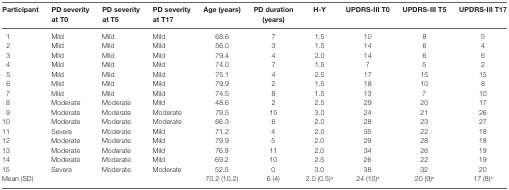
<table><thead><tr><td><b>Participant</b></td><td><b>PD severity at T0</b></td><td><b>PD severity at T5</b></td><td><b>PD severity at T17</b></td><td><b>Age (years)</b></td><td><b>PD duration (years)</b></td><td><b>H-Y</b></td><td><b>UPDRS-III T0</b></td><td><b>UPDRS-III T5</b></td><td><b>UPDRS-III T17</b></td></tr></thead><tbody><tr><td>1</td><td>Mild</td><td>Mild</td><td>Mild</td><td>68.6</td><td>7</td><td>1.5</td><td>10</td><td>8</td><td>5</td></tr><tr><td>2</td><td>Mild</td><td>Mild</td><td>Mild</td><td>56.0</td><td>3</td><td>1.5</td><td>14</td><td>6</td><td>4</td></tr><tr><td>3</td><td>Mild</td><td>Mild</td><td>Mild</td><td>79.4</td><td>4</td><td>2.0</td><td>14</td><td>6</td><td>6</td></tr><tr><td>4</td><td>Mild</td><td>Mild</td><td>Mild</td><td>74.0</td><td>7</td><td>1.5</td><td>7</td><td>5</td><td>2</td></tr><tr><td>5</td><td>Mild</td><td>Mild</td><td>Mild</td><td>75.1</td><td>4</td><td>2.5</td><td>17</td><td>15</td><td>15</td></tr><tr><td>6</td><td>Mild</td><td>Mild</td><td>Mild</td><td>79.9</td><td>2</td><td>1.5</td><td>18</td><td>10</td><td>8</td></tr><tr><td>7</td><td>Mild</td><td>Mild</td><td>Mild</td><td>74.5</td><td>8</td><td>1.5</td><td>13</td><td>7</td><td>10</td></tr><tr><td>8</td><td>Moderate</td><td>Moderate</td><td>Mild</td><td>48.6</td><td>2</td><td>2.5</td><td>29</td><td>20</td><td>17</td></tr><tr><td>9</td><td>Moderate</td><td>Moderate</td><td>Moderate</td><td>79.5</td><td>15</td><td>3.0</td><td>24</td><td>21</td><td>26</td></tr><tr><td>10</td><td>Moderate</td><td>Moderate</td><td>Moderate</td><td>66.3</td><td>6</td><td>2.0</td><td>28</td><td>23</td><td>27</td></tr><tr><td>11</td><td>Severe</td><td>Moderate</td><td>Mild</td><td>71.2</td><td>4</td><td>2.0</td><td>35</td><td>22</td><td>18</td></tr><tr><td>12</td><td>Moderate</td><td>Moderate</td><td>Mild</td><td>79.9</td><td>5</td><td>2.0</td><td>29</td><td>28</td><td>18</td></tr><tr><td>13</td><td>Moderate</td><td>Moderate</td><td>Mild</td><td>76.9</td><td>11</td><td>2.0</td><td>34</td><td>26</td><td>19</td></tr><tr><td>14</td><td>Moderate</td><td>Moderate</td><td>Mild</td><td>69.2</td><td>10</td><td>2.5</td><td>26</td><td>22</td><td>19</td></tr><tr><td>15</td><td>Severe</td><td>Moderate</td><td>Moderate</td><td>52.5</td><td>0</td><td>3.0</td><td>38</td><td>32</td><td>20</td></tr><tr><td>Mean (SD)</td><td></td><td></td><td></td><td>70.2 (10.2)</td><td>6 (4)</td><td>2.0 (0.5)<sup>a</sup></td><td>24 (10)<sup>a</sup></td><td>20 (9)<sup>a</sup></td><td>17 (8)<sup>a</sup></td></tr></tbody></table>